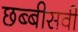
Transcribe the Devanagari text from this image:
छब्बीसवी